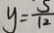
y = \frac { 5 } { 1 2 }